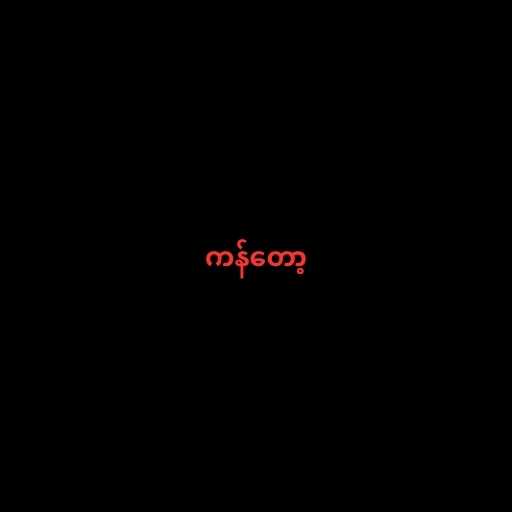
ကန်တော့